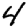
Digit: 4